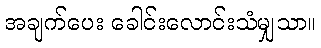
အချက်ပေး ခေါင်းလောင်းသံမျှသာ။